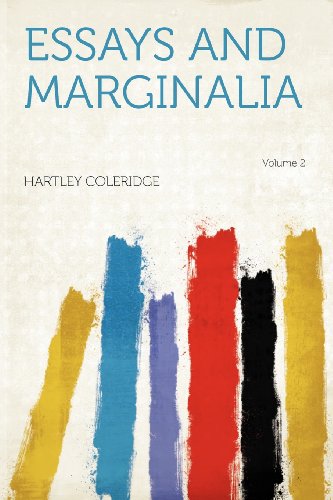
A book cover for Essays and Marginalia Volume 2; Crafts, Hobbies & Home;